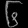
Digit: ၆